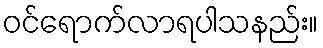
ဝင်ရောက်လာရပါသနည်း။